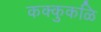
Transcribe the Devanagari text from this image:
कक्कुकळि